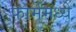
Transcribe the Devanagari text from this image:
फार्ममध्ये